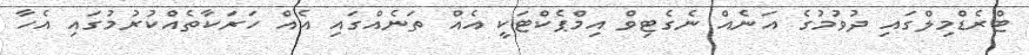
ޓްރެޑްމިލްގައި ދުވުމުގެ އަނެއް ނެގެޓިވް އިމްޕެކްޓަކީ އެއް ތަނެއްގައި އެއް ހަރަކާތެއްކުރުމުގައި އެހާ